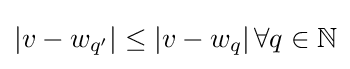
\left|v-w_{q'}\right\vert \leq \left|v-w_{q}\right\vert \forall q\in \mathbb {N}